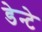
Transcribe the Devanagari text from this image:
डेन्टे